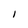
Character: I